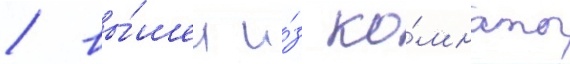
/ вы́шел и́з ко́мнаты